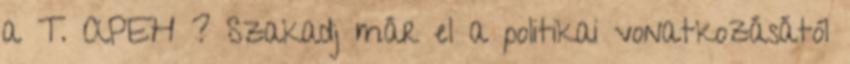
a T. APEH ? Szakadj már el a politikai vonatkozásától